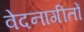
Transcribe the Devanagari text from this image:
वेदनागीतों